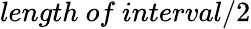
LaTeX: length\ of\ interval/2